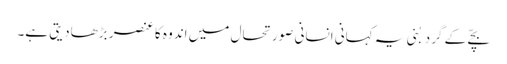
بچّے کے گرد بُنی یہ کہانی انسانی صورتحال میں اندو ہ کا عنصر بڑھادیتی ہے۔